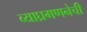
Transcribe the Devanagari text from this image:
व्याघ्रगणनेची